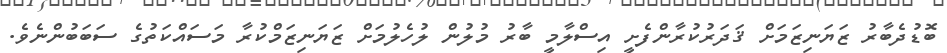
ބޮޑުދެބާރު ޒަޔަނިޒަމަށް ޤަދަރުކުރާންފެށީ އިސްލާމީ ބާރު މުލުން ލުހެލުމަށް ޒަޔަނިޒަމްކުރާ މަސައްކަތުގެ ސަބަބުންނެވެ.